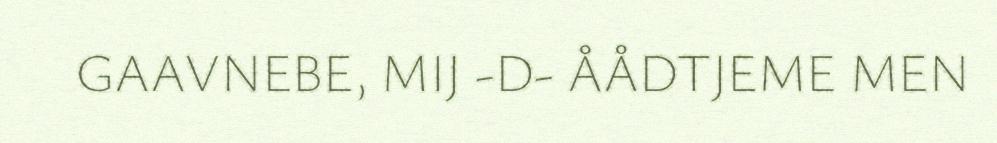
GAAVNEBE, MIJ -D- ÅÅDTJEME MEN